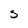
Character: S